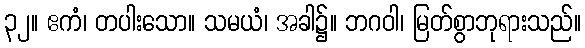
၃၂။ ဧကံ၊ တပါးသော။ သမယံ၊ အခါ၌။ ဘဂဝါ၊ မြတ်စွာဘုရားသည်။